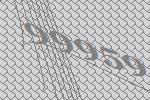
99959